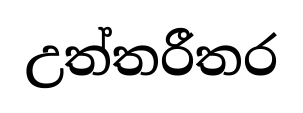
උත්තරීතර